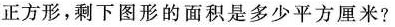
正方形，剩下图形的面积是多少平方厘米？